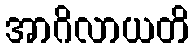
အာဂိလာယတိ